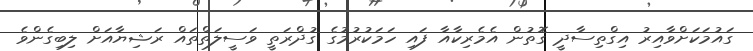
ގައުމަކަށްވާއިރު އިގްތިސާދީ ގޮތުން އެމެރިކާއާ ފައި ހަމަކުރުމުގެ ގުދްރަތީ ވަސީލަތްތައް ރަޝިޔާއަށް ލިބިގެންވެ